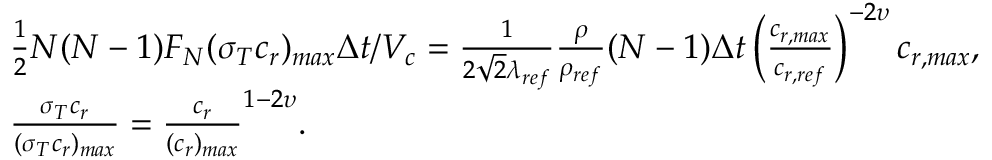
\begin{array} { r l } & { \frac { 1 } { 2 } N ( N - 1 ) F _ { N } ( \sigma _ { T } c _ { r } ) _ { m a x } \Delta t / V _ { c } = \frac { 1 } { 2 \sqrt { 2 } \lambda _ { r e f } } \frac { \rho } { \rho _ { r e f } } ( N - 1 ) \Delta t \left( { \frac { c _ { r , m a x } } { c _ { r , r e f } } } \right) ^ { - 2 \upsilon } c _ { r , m a x } , } \\ & { \frac { \sigma _ { T } c _ { r } } { ( \sigma _ { T } c _ { r } ) _ { m a x } } = \frac { c _ { r } } { ( c _ { r } ) _ { m a x } } ^ { 1 - 2 \upsilon } . } \end{array}